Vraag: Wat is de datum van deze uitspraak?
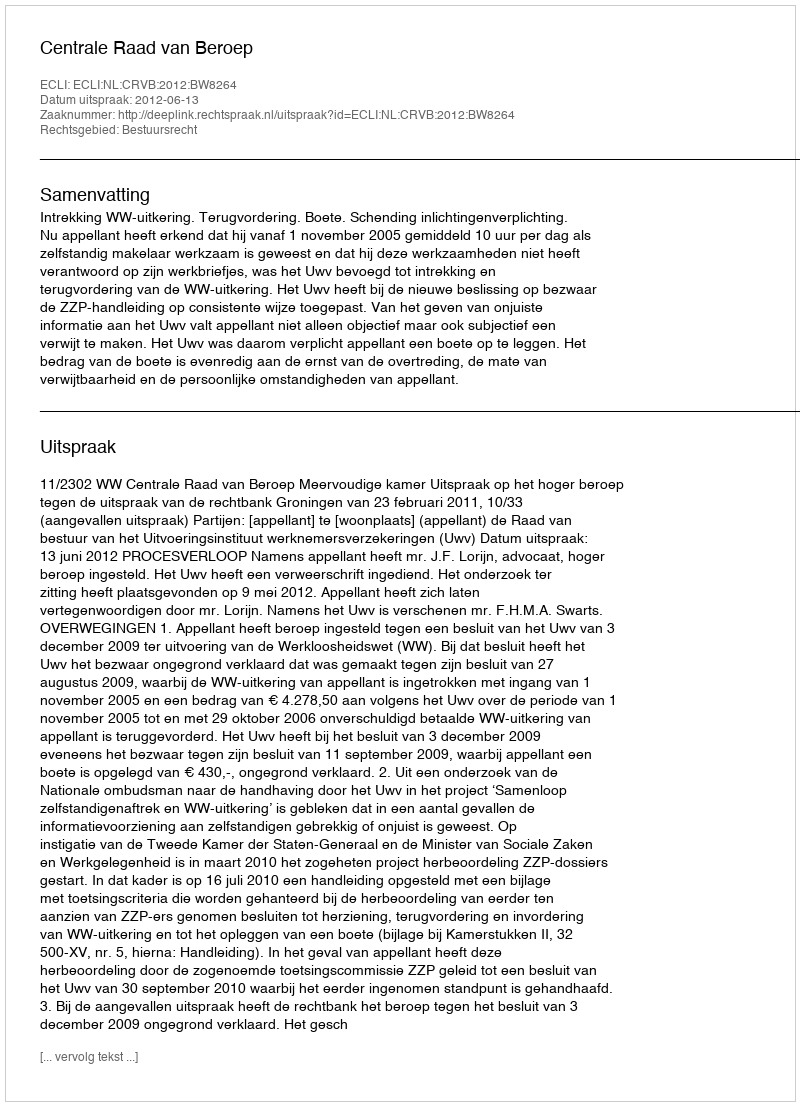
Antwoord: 2012-06-13